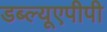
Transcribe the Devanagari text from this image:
डब्ल्यूएपीपी